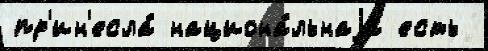
пр'ин'есла́ национа́льнаjа есть